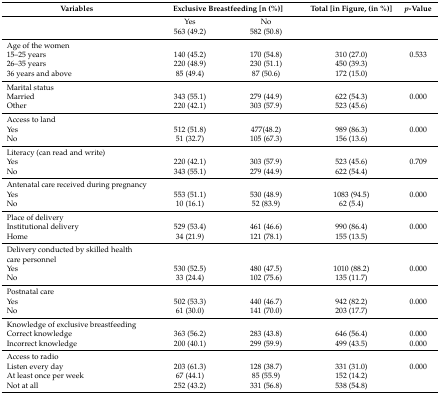
<table><thead><tr><td><b>Variables</b></td><td colspan="2"><b>Exclusive Breastfeeding [n (%)]</b></td><td><b>Total [in Figure, (in %)]</b></td><td><b><i>p</i>-Value</b></td></tr></thead><tbody><tr><td></td><td>Yes</td><td>No</td><td></td><td></td></tr><tr><td></td><td>563 (49.2)</td><td>582 (50.8)</td><td></td><td></td></tr><tr><td colspan="5">Age of the women</td></tr><tr><td>15–25 years</td><td>140 (45.2)</td><td>170 (54.8)</td><td>310 (27.0)</td><td>0.533</td></tr><tr><td>26–35 years</td><td>220 (48.9)</td><td>230 (51.1)</td><td>450 (39.3)</td><td></td></tr><tr><td>36 years and above</td><td>85 (49.4)</td><td>87 (50.6)</td><td>172 (15.0)</td><td></td></tr><tr><td colspan="5">Marital status</td></tr><tr><td>Married</td><td>343 (55.1)</td><td>279 (44.9)</td><td>622 (54.3)</td><td>0.000</td></tr><tr><td>Other</td><td>220 (42.1)</td><td>303 (57.9)</td><td>523 (45.6)</td><td></td></tr><tr><td colspan="5">Access to land</td></tr><tr><td>Yes</td><td>512 (51.8)</td><td>477(48.2)</td><td>989 (86.3)</td><td>0.000</td></tr><tr><td>No</td><td>51 (32.7)</td><td>105 (67.3)</td><td>156 (13.6)</td><td></td></tr><tr><td colspan="5">Literacy (can read and write)</td></tr><tr><td>Yes</td><td>220 (42.1)</td><td>303 (57.9)</td><td>523 (45.6)</td><td>0.709</td></tr><tr><td>No</td><td>343 (55.1)</td><td>279 (44.9)</td><td>622 (54.4)</td><td></td></tr><tr><td colspan="5">Antenatal care received during pregnancy</td></tr><tr><td>Yes</td><td>553 (51.1)</td><td>530 (48.9)</td><td>1083 (94.5)</td><td>0.000</td></tr><tr><td>No</td><td>10 (16.1)</td><td>52 (83.9)</td><td>62 (5.4)</td><td></td></tr><tr><td colspan="5">Place of delivery</td></tr><tr><td>Institutional delivery</td><td>529 (53.4)</td><td>461 (46.6)</td><td>990 (86.4)</td><td>0.000</td></tr><tr><td>Home</td><td>34 (21.9)</td><td>121 (78.1)</td><td>155 (13.5)</td><td></td></tr><tr><td colspan="5">Delivery conducted by skilled health care personnel</td></tr><tr><td>Yes</td><td>530 (52.5)</td><td>480 (47.5)</td><td>1010 (88.2)</td><td>0.000</td></tr><tr><td>No</td><td>33 (24.4)</td><td>102 (75.6)</td><td>135 (11.7)</td><td></td></tr><tr><td colspan="5">Postnatal care</td></tr><tr><td>Yes</td><td>502 (53.3)</td><td>440 (46.7)</td><td>942 (82.2)</td><td>0.000</td></tr><tr><td>No</td><td>61 (30.0)</td><td>141 (70.0)</td><td>203 (17.7)</td><td></td></tr><tr><td colspan="5">Knowledge of exclusive breastfeeding</td></tr><tr><td>Correct knowledge</td><td>363 (56.2)</td><td>283 (43.8)</td><td>646 (56.4)</td><td>0.000</td></tr><tr><td>Incorrect knowledge</td><td>200 (40.1)</td><td>299 (59.9)</td><td>499 (43.5)</td><td>0.000</td></tr><tr><td colspan="5">Access to radio</td></tr><tr><td>Listen every day</td><td>203 (61.3)</td><td>128 (38.7)</td><td>331 (31.0)</td><td>0.000</td></tr><tr><td>At least once per week</td><td>67 (44.1)</td><td>85 (55.9)</td><td>152 (14.2)</td><td></td></tr><tr><td>Not at all</td><td>252 (43.2)</td><td>331 (56.8)</td><td>538 (54.8)</td><td></td></tr></tbody></table>